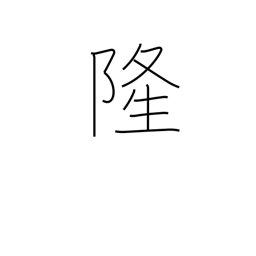
Meaning: prosperity